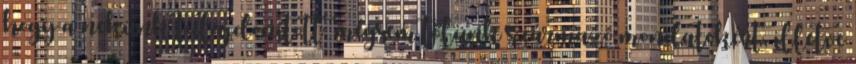
hogy a nekünk tulajdonított, mégsem tőlünk származó mondatokért, illetve